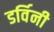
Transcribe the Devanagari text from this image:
डर्विनी